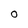
Character: O